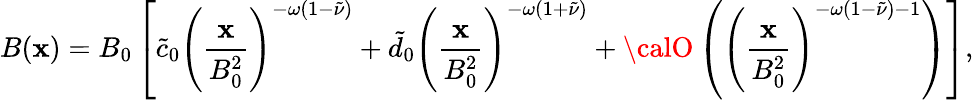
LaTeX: B(\mathbf{x})=B_{0}\left[\tilde{{c}}_{0}\left(\frac{{\mathbf{x}}}{{B_{0}^{2}}}\right)^{-\omega(1-\tilde{{\nu}})}+\tilde{{d}}_{0}\left(\frac{{\mathbf{x}}}{{B_{0}^{2}}}\right)^{-\omega(1+\tilde{{\nu}})}+{\calO}\left(\left(\frac{{\mathbf{x}}}{{B_{0}^{2}}}\right)^{-\omega(1-\tilde{{\nu}})-1}\right)\right],